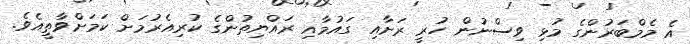
އެ މެމްބަރުންގެ މުޅި ވިސްނުން ހުރީ ރަށާއި ގައުމާއި ރައްޔިތުންގެ ކުރިއެރުމަށް ކަމަށްވާތީއެވެ.